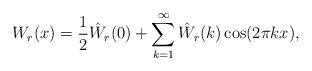
\begin{align*}W_r(x) = \frac 12 \hat W_r(0) + \sum_{k=1}^\infty \hat W_r(k) \cos(2\pi k x),\end{align*}